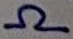
Text: Ω